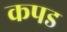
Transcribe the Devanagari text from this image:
कपड